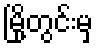
မြို့တွင်းမှ